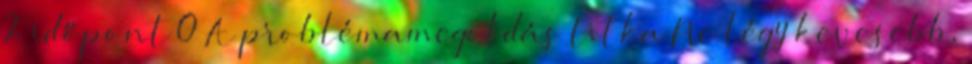
2 időpont 0 A problémamegoldás titka Ne légy kevesebb,